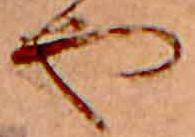
や